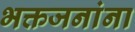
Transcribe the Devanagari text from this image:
भक्तजनांना